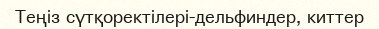
Теңіз сүтқоректілері-дельфиндер, киттер